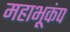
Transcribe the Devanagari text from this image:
महाभूकंप